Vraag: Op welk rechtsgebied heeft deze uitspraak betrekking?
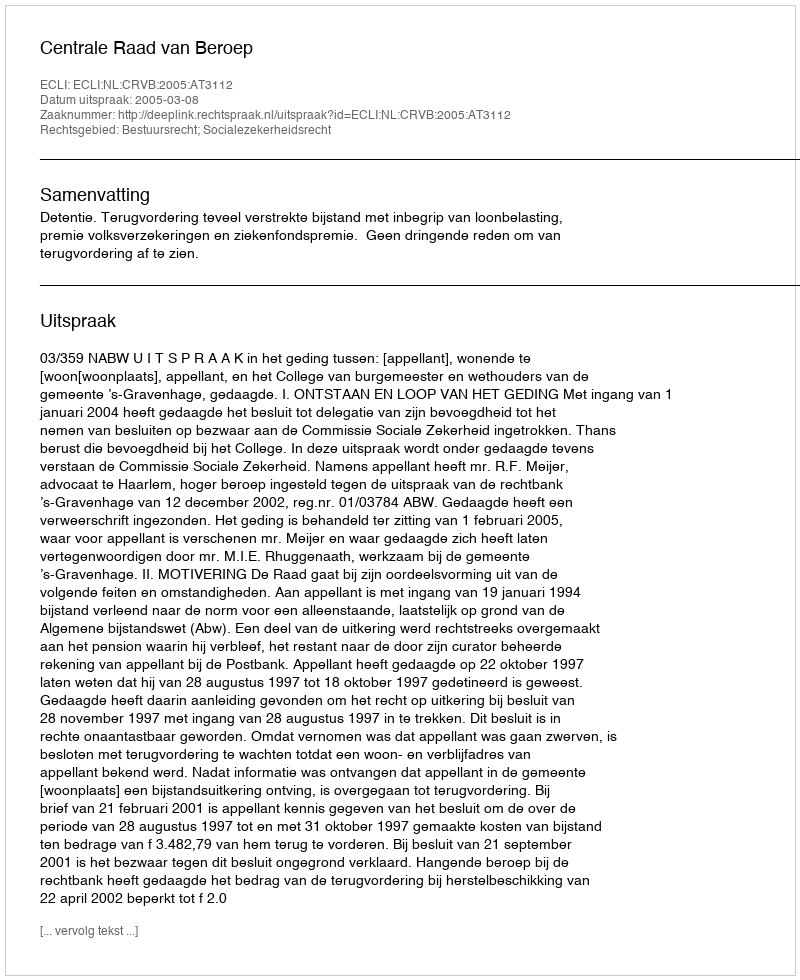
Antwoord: Bestuursrecht; Socialezekerheidsrecht